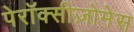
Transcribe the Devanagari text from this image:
पेरॉक्सीज़ोमेस